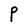
Character: P